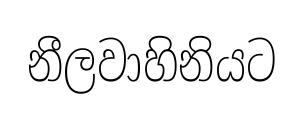
නීලවාහිනියට